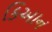
કિઆન